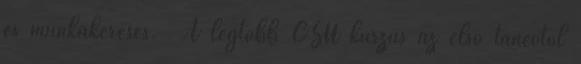
és munkakeresés. A legtöbb CSU kurzus az első tanévtől